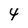
Character: 4